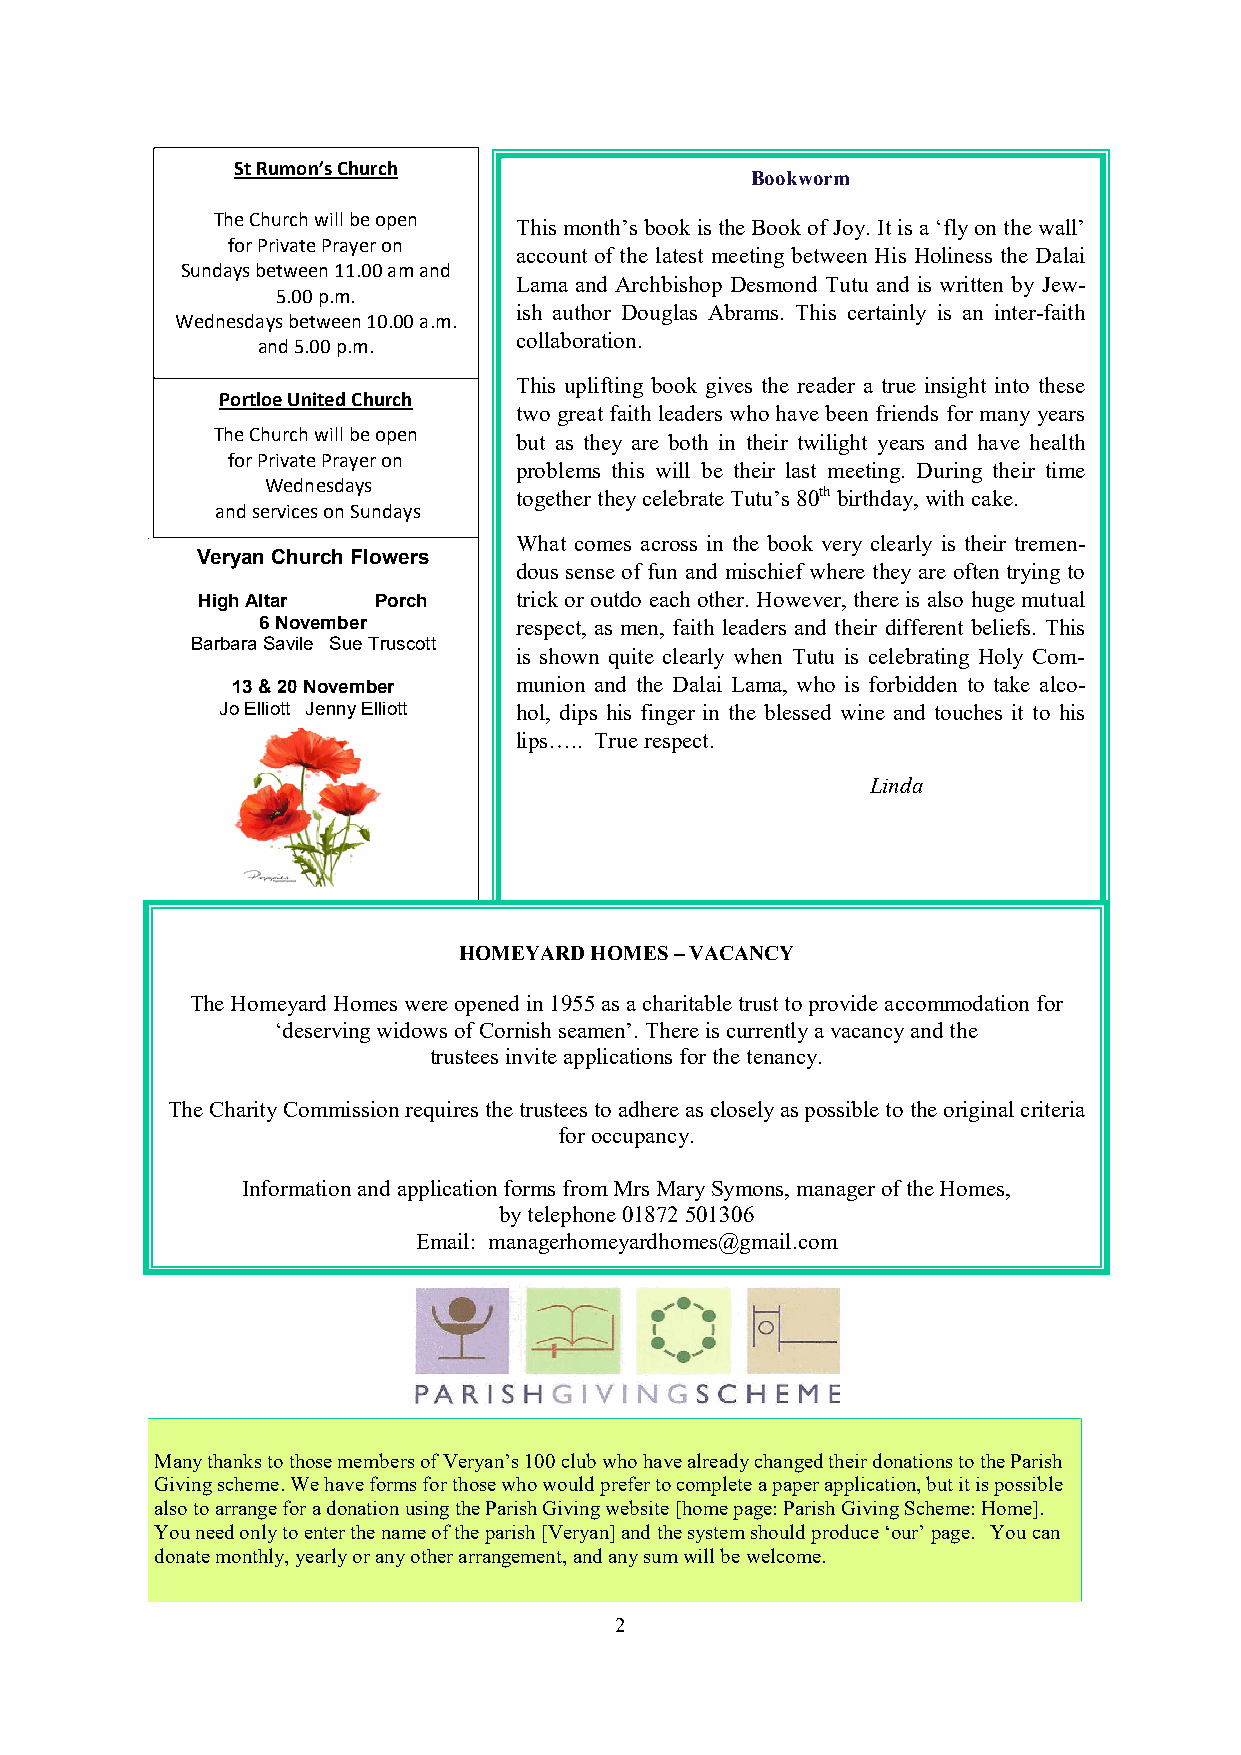
St Rumon’s Church
 Bookworm
 The Church will be open
 This month’s book is the Book of Joy. It is a ‘fly on the wall’
 for Private Prayer on
 account of the latest meeting between His Holiness the Dalai
 Sundays between 11.00 am and
 Lama and Archbishop Desmond Tutu and is written by Jew-
 5.00 p.m.
 ish author Douglas Abrams. This certainly is an inter-faith
 Wednesdays between 10.00 a.m.
 collaboration.
 and 5.00 p.m.
 This uplifting book gives the reader a true insight into these
 Portloe United Church
 two great faith leaders who have been friends for many years
 The Church will be open but as they are both in their twilight years and have health
 for Private Prayer on
 problems this will be their last meeting. During their time
 Wednesdays
 together they celebrate Tutu’s 80th birthday, with cake.
 and services on Sundays
 What comes across in the book very clearly is their tremen-
 Veryan Church Flowers
 dous sense of fun and mischief where they are often trying to
 High Altar  Porch    trick or outdo each other. However, there is also huge mutual
 6 November       respect, as men, faith leaders and their different beliefs. This
 Barbara Savile Sue Truscott
 is shown quite clearly when Tutu is celebrating Holy Com-
 13 & 20 November   munion and the Dalai Lama, who is forbidden to take alco-
 Jo Elliott Jenny Elliott hol, dips his finger in the blessed wine and touches it to his
 lips….. True respect.
 Linda
 HOMEYARD HOMES – VACANCY
 The Homeyard Homes were opened in 1955 as a charitable trust to provide accommodation for
 ‘deserving widows of Cornish seamen’. There is currently a vacancy and the
 trustees invite applications for the tenancy.
 The Charity Commission requires the trustees to adhere as closely as possible to the original criteria
 for occupancy.
 Information and application forms from Mrs Mary Symons, manager of the Homes,
 by telephone 01872 501306
 Email: managerhomeyardhomes@gmail.com
 Many thanks to those members of Veryan’s 100 club who have already changed their donations to the Parish
 Giving scheme. We have forms for those who would prefer to complete a paper application, but it is possible
 also to arrange for a donation using the Parish Giving website [home page: Parish Giving Scheme: Home].
 You need only to enter the name of the parish [Veryan] and the system should produce ‘our’ page. You can
 donate monthly, yearly or any other arrangement, and any sum will be welcome.
 2